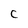
Character: c